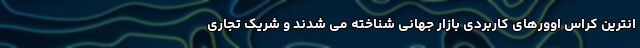
انترین کراس اوورهای کاربردی بازار جهانی شناخته می شدند و شریک تجاری